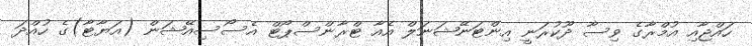
ހައްޖާއި އުމްރާގެ ވިސާ ދޫކުރަނީ އިންޓަނޭޝަނަލް އެއާ ޓްރާންސްޕޯޓް އެސޯސިއޭޝަން (އަޔާޓާ)ގެ ހުއްދަ